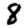
Digit: 8